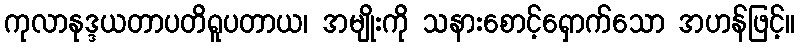
ကုလာနုဒ္ဒယတာပတိရူပတာယ၊ အမျိုးကို သနားစောင့်ရှောက်သော အဟန်ဖြင့်။